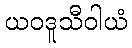
ယဝဒူသီဝါယံ